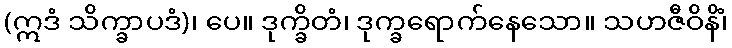
(ဣဒံ သိက္ခာပဒံ)၊ ပေ။ ဒုက္ခိတံ၊ ဒုက္ခရောက်နေသော။ သဟဇီဝိနိံ၊